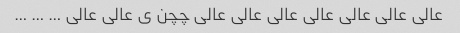
عالی عالی عالی عالی عالی عالی عالی چچن ی عالی عالی … … …